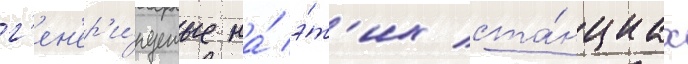
г'ен'ер'и́руемые на́ э́т'их ста́нциах